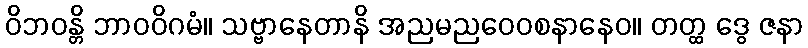
ဝိဘဝန္တိ ဘာဝဝိဂမံ။ သဗ္ဗာနေတာနိ အညမညဝေဝစနာနေဝ။ တတ္ထ ဒွေ ဇနာ